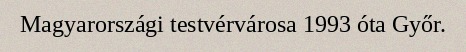
Magyarországi testvérvárosa 1993 óta Győr.